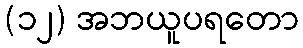
(၁၂) အဘယူပရတော